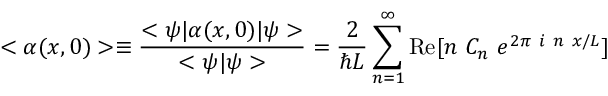
< \alpha ( x , 0 ) > \equiv { \frac { < \psi | \alpha ( x , 0 ) | \psi > } { < \psi | \psi > } } = { \frac { 2 } { \hbar L } } \sum _ { n = 1 } ^ { \infty } \mathrm { R e } [ n ~ C _ { n } ~ e ^ { 2 \pi ~ i ~ n ~ x / L } ]